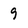
Character: 9